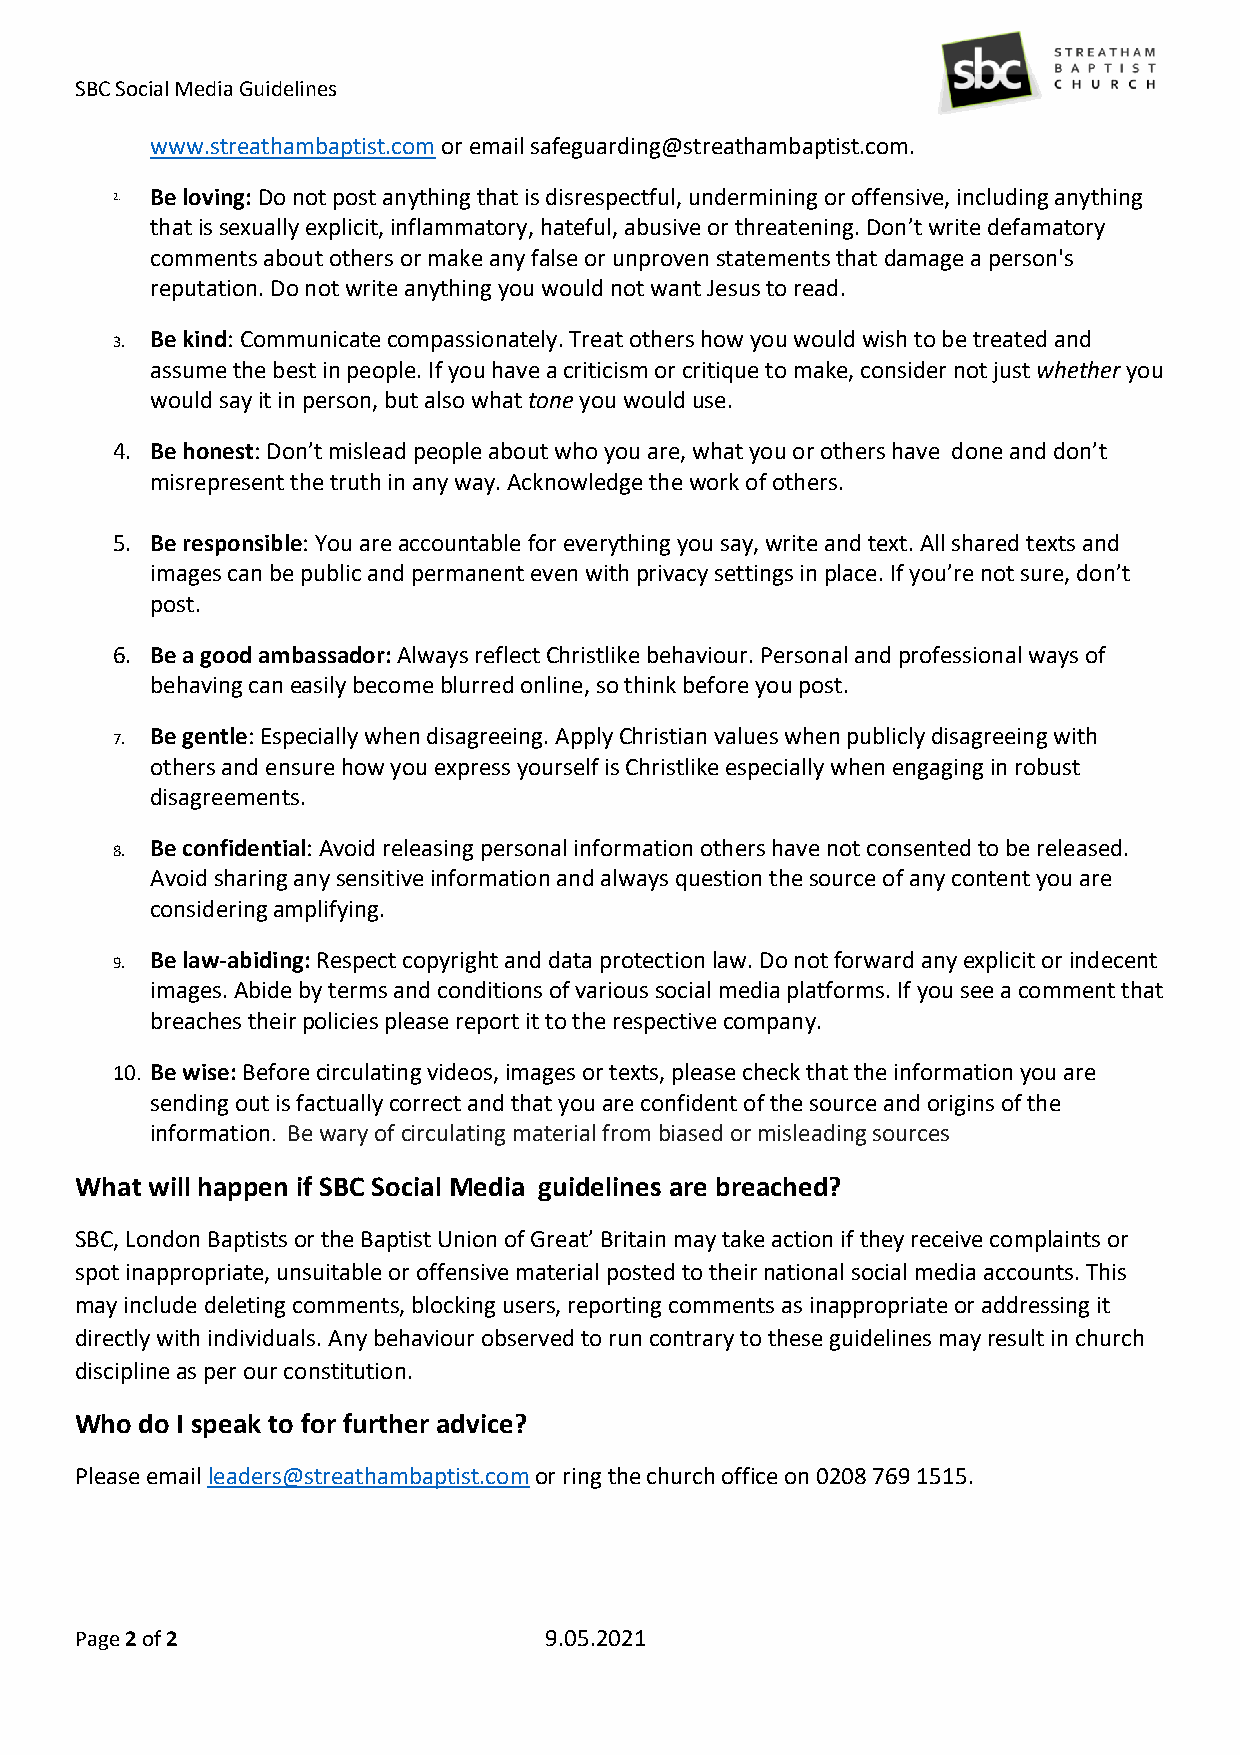
SBC Social Media Guidelines
 www.streathambaptist.com or email safeguarding@streathambaptist.com.
 2. Be loving: Do not post anything that is disrespectful, undermining or offensive, including anything
 that is sexually explicit, inflammatory, hateful, abusive or threatening. Don’t write defamatory
 comments about others or make any false or unproven statements that damage a person's
 reputation. Do not write anything you would not want Jesus to read.
 3. Be kind: Communicate compassionately. Treat others how you would wish to be treated and
 assume the best in people. If you have a criticism or critique to make, consider not just whether you
 would say it in person, but also what tone you would use.
 4. Be honest: Don’t mislead people about who you are, what you or others have done and don’t
 misrepresent the truth in any way. Acknowledge the work of others.
 5. Be responsible: You are accountable for everything you say, write and text. All shared texts and
 images can be public and permanent even with privacy settings in place. If you’re not sure, don’t
 post.
 6. Be a good ambassador: Always reflect Christlike behaviour. Personal and professional ways of
 behaving can easily become blurred online, so think before you post.
 7. Be gentle: Especially when disagreeing. Apply Christian values when publicly disagreeing with
 others and ensure how you express yourself is Christlike especially when engaging in robust
 disagreements.
 8. Be confidential: Avoid releasing personal information others have not consented to be released.
 Avoid sharing any sensitive information and always question the source of any content you are
 considering amplifying.
 9. Be law-abiding: Respect copyright and data protection law. Do not forward any explicit or indecent
 images. Abide by terms and conditions of various social media platforms. If you see a comment that
 breaches their policies please report it to the respective company.
 10. Be wise: Before circulating videos, images or texts, please check that the information you are
 sending out is factually correct and that you are confident of the source and origins of the
 information. Be wary of circulating material from biased or misleading sources
 What will happen if SBC Social Media guidelines are breached?
 SBC, London Baptists or the Baptist Union of Great’ Britain may take action if they receive complaints or
 spot inappropriate, unsuitable or offensive material posted to their national social media accounts. This
 may include deleting comments, blocking users, reporting comments as inappropriate or addressing it
 directly with individuals. Any behaviour observed to run contrary to these guidelines may result in church
 discipline as per our constitution.
 Who do I speak to for further advice?
 Please email leaders@streathambaptist.com or ring the church office on 0208 769 1515.
 Page 2 of 2                    9.05.2021